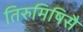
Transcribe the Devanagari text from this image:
तिरुमिषिसै